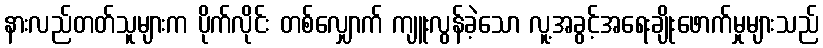
နားလည်တတ်သူများက ပိုက်လိုင်း တစ်လျှောက် ကျူးလွန်ခဲ့သော လူ့အခွင့်အရေးချိုးဖောက်မှုများသည်